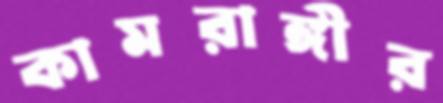
কামরাঙ্গীর